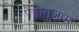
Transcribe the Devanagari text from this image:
पेड्डागंजाम